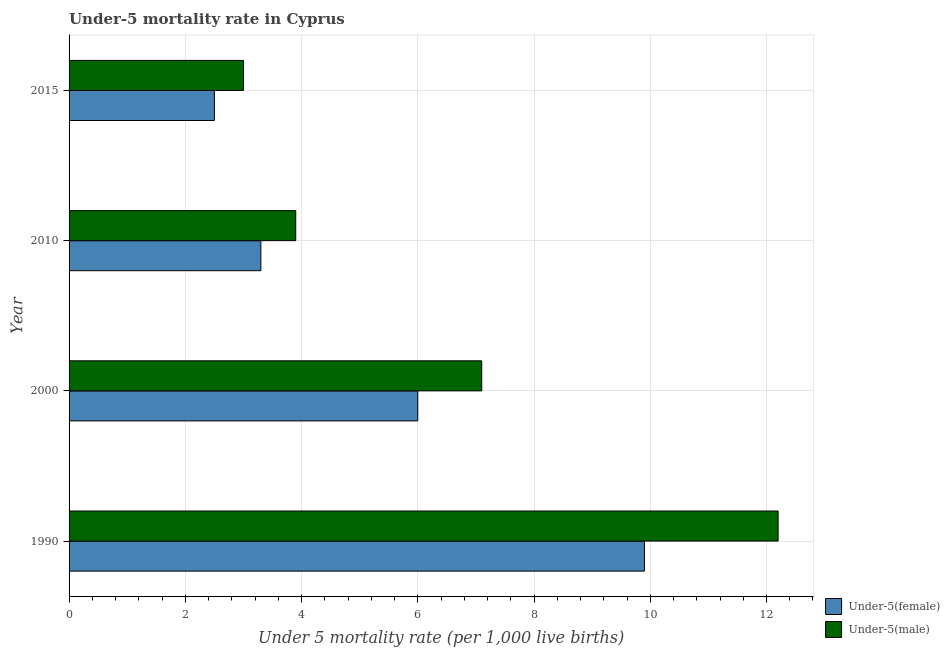
| Year | Under-5(female) | Under-5(male) |
 | --- | --- | --- |
 | 1990 | 9.9 | 12.2 |
 | 2000 | 6 | 7.1 |
 | 2010 | 3.3 | 3.9 |
 | 2015 | 2.5 | 3 |